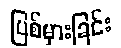
ပြစ်မှားခြင်း